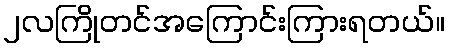
၂လကြိုတင်အကြောင်းကြားရတယ်။